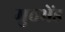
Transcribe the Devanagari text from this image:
मुठभेंड